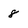
Character: 8